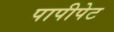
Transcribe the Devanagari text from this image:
पापीपेट